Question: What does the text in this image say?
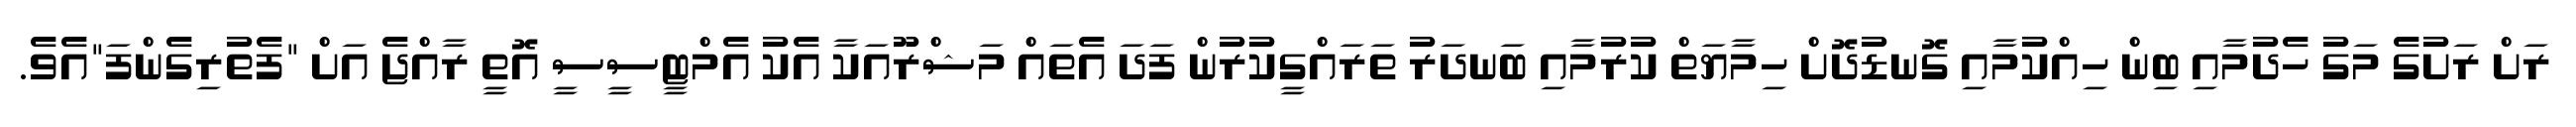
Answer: ރަށް ރަށުގެ މަގު ހެދުމާއި ބިން ހިއްކުމާއި ގޮނޑުދޮށް ހިމާޔަތް ކުރުމާއި ބަނދަރު ތަރައްގީކުރުން ފަދަ އެތައް މަޝްރޫއަކާ އެކު އެމްޓީސީސީ އޮތީ ރާއްޖެ އަށް "ފެތުރިގެންފަ"އެވެ.